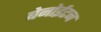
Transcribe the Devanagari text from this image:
बेनोईटन